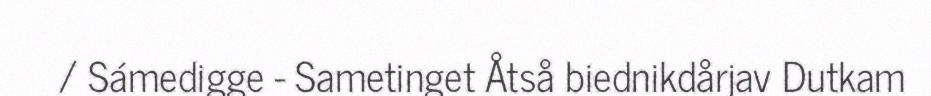
/ Sámedigge - Sametinget Åtså biednikdårjav Dutkam